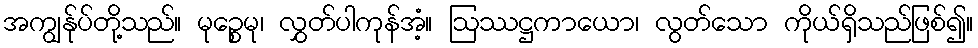
အကျွန်ုပ်တို့သည်။ မုဉ္စေမု၊ လွှတ်ပါကုန်အံ့။ ဩဿဋ္ဌကာယော၊ လွတ်သော ကိုယ်ရှိသည်ဖြစ်၍။